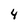
Character: 4